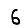
Digit: 6